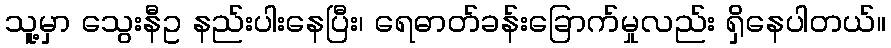
သူ့မှာ သွေးနီဥ နည်းပါးနေပြီး၊ ရေဓာတ်ခန်းခြောက်မှုလည်း ရှိနေပါတယ်။